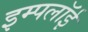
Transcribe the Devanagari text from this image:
इम्पलॉई